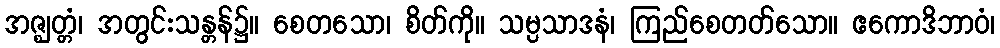
အဇ္ဈတ္တံ၊ အတွင်းသန္တန်၌။ စေတသော၊ စိတ်ကို။ သမ္ပသာဒနံ၊ ကြည်စေတတ်သော။ ဧကောဒိဘာဝံ၊